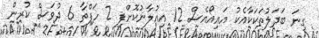
ގިނަ ބަދަލުތަކަކާއެކު އައިއޯއެސް 12 އިއުލާނުކޮށްފި 2 ހަފްތާ 6 ދުވަސް ކުރިން